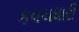
કવચધારી